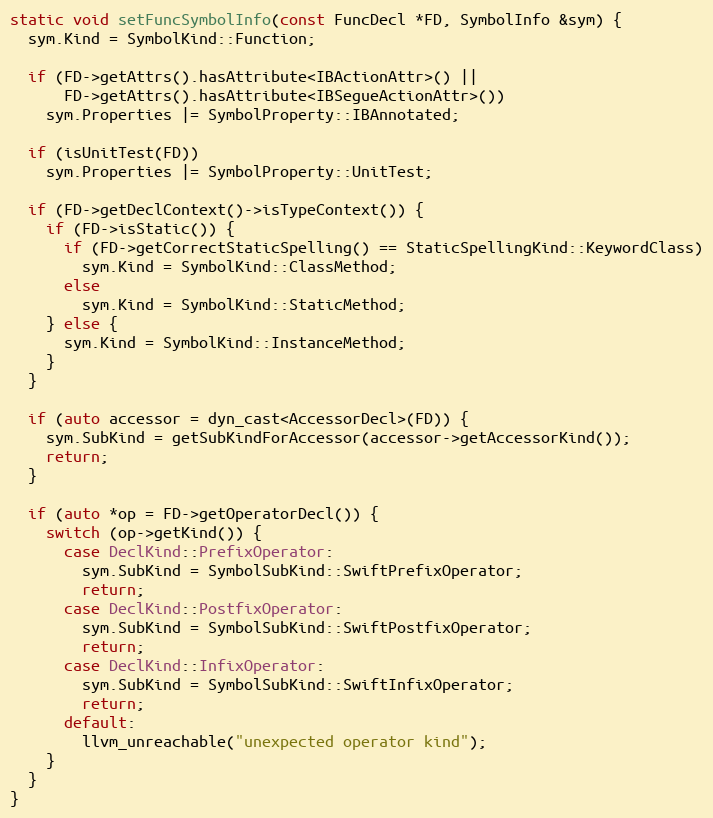
Language: C++
static void setFuncSymbolInfo(const FuncDecl *FD, SymbolInfo &sym) {
  sym.Kind = SymbolKind::Function;

  if (FD->getAttrs().hasAttribute<IBActionAttr>() ||
      FD->getAttrs().hasAttribute<IBSegueActionAttr>())
    sym.Properties |= SymbolProperty::IBAnnotated;

  if (isUnitTest(FD))
    sym.Properties |= SymbolProperty::UnitTest;

  if (FD->getDeclContext()->isTypeContext()) {
    if (FD->isStatic()) {
      if (FD->getCorrectStaticSpelling() == StaticSpellingKind::KeywordClass)
        sym.Kind = SymbolKind::ClassMethod;
      else
        sym.Kind = SymbolKind::StaticMethod;
    } else {
      sym.Kind = SymbolKind::InstanceMethod;
    }
  }

  if (auto accessor = dyn_cast<AccessorDecl>(FD)) {
    sym.SubKind = getSubKindForAccessor(accessor->getAccessorKind());
    return;
  }

  if (auto *op = FD->getOperatorDecl()) {
    switch (op->getKind()) {
      case DeclKind::PrefixOperator:
        sym.SubKind = SymbolSubKind::SwiftPrefixOperator;
        return;
      case DeclKind::PostfixOperator:
        sym.SubKind = SymbolSubKind::SwiftPostfixOperator;
        return;
      case DeclKind::InfixOperator:
        sym.SubKind = SymbolSubKind::SwiftInfixOperator;
        return;
      default:
        llvm_unreachable("unexpected operator kind");
    }
  }
}